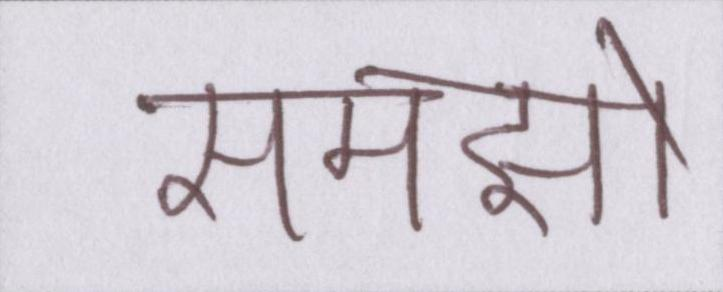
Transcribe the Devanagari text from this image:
समझो